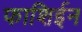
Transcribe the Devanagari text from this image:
फाशिईन